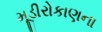
મૂડીરોકાણના